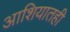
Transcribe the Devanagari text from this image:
आशियातही